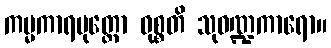
ကမ္မကာရပုတ္တော ဝုစ္စတိ သုဝဏ္ဍကာရော။